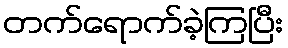
တက်ရောက်ခဲ့ကြပြီး